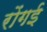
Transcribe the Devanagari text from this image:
रोंगई